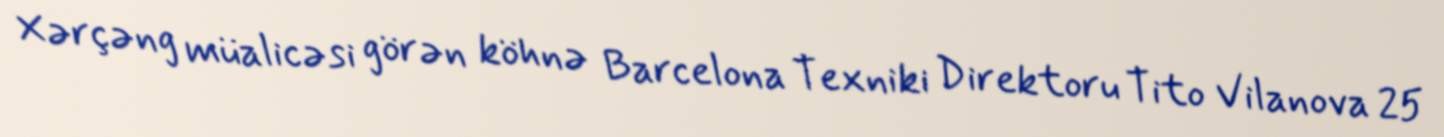
Xərçəng müalicəsi görən köhnə Barcelona Texniki Direktoru Tito Vilanova 25